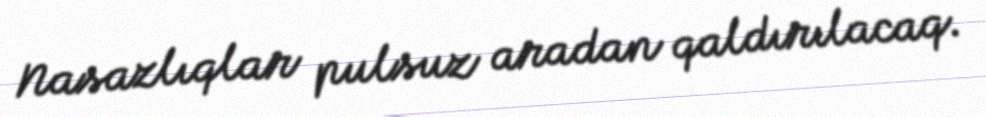
Nasazlıqlar pulsuz aradan qaldırılacaq.